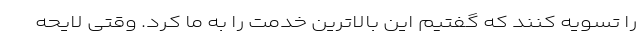
را تسویه کنند که گفتیم این بالاترین خدمت را به ما کرد. وقتی لایحه